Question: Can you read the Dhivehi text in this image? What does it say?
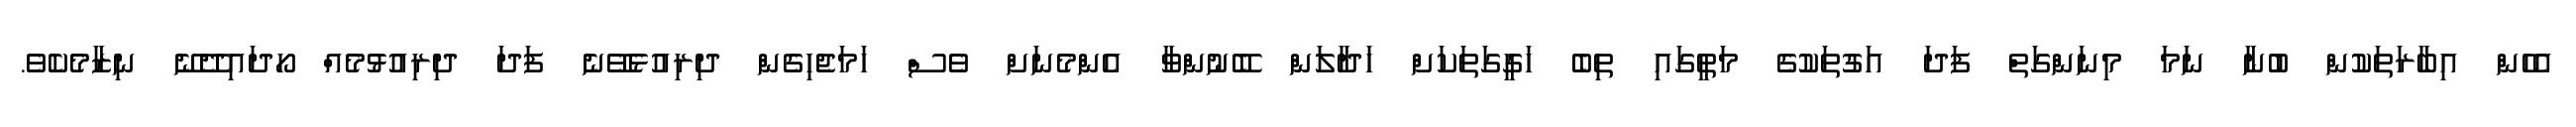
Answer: އެހެން އިބާރަތަކުން ބުނާ ނަމަ މިނަންގަތް ފަދަ އަގުތަކުގެ މަތީގައި ތިބެ ހަގީގަތަކަށް ހަދާލަން ބޭނުންވާ އެންމެނަށް ވެސް ހަމަޖެހިގެން ދިރިއުޅެވޭނެ ފަދަ ދިރިއުޅުމެއް ހޯދައިދޭނޭ ނިޒާމެކެވެ.